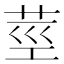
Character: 莖